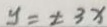
y = \pm 3 x